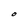
Character: O